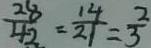
\frac { 2 8 } { 4 2 } = \frac { 1 4 } { 2 1 } = \frac { 2 } { 3 }